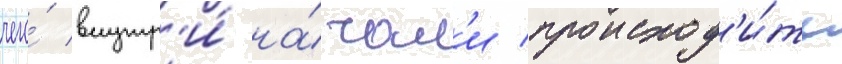
чего́ внутр'и́ на́чал'и происход'и́ть